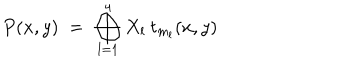
LaTeX: P ( x , y ) \; = \; \bigoplus _ { l = 1 } ^ { 4 } X _ { l } \: t _ { m _ { l } } ( x , y )